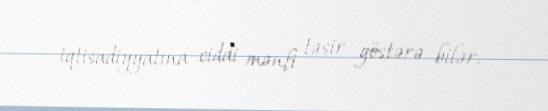
iqtisadiyyatına ciddi mənfi təsir göstərə bilər.